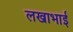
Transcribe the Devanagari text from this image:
लखाभाई